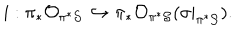
LaTeX: i : \pi _ { * } { \cal O } _ { \pi ^ { * } { \cal S } } \hookrightarrow \pi _ { * } { \cal O } _ { \pi ^ { * } { \cal S } } ( \sigma | _ { \pi ^ { * } { \cal S } } ) .